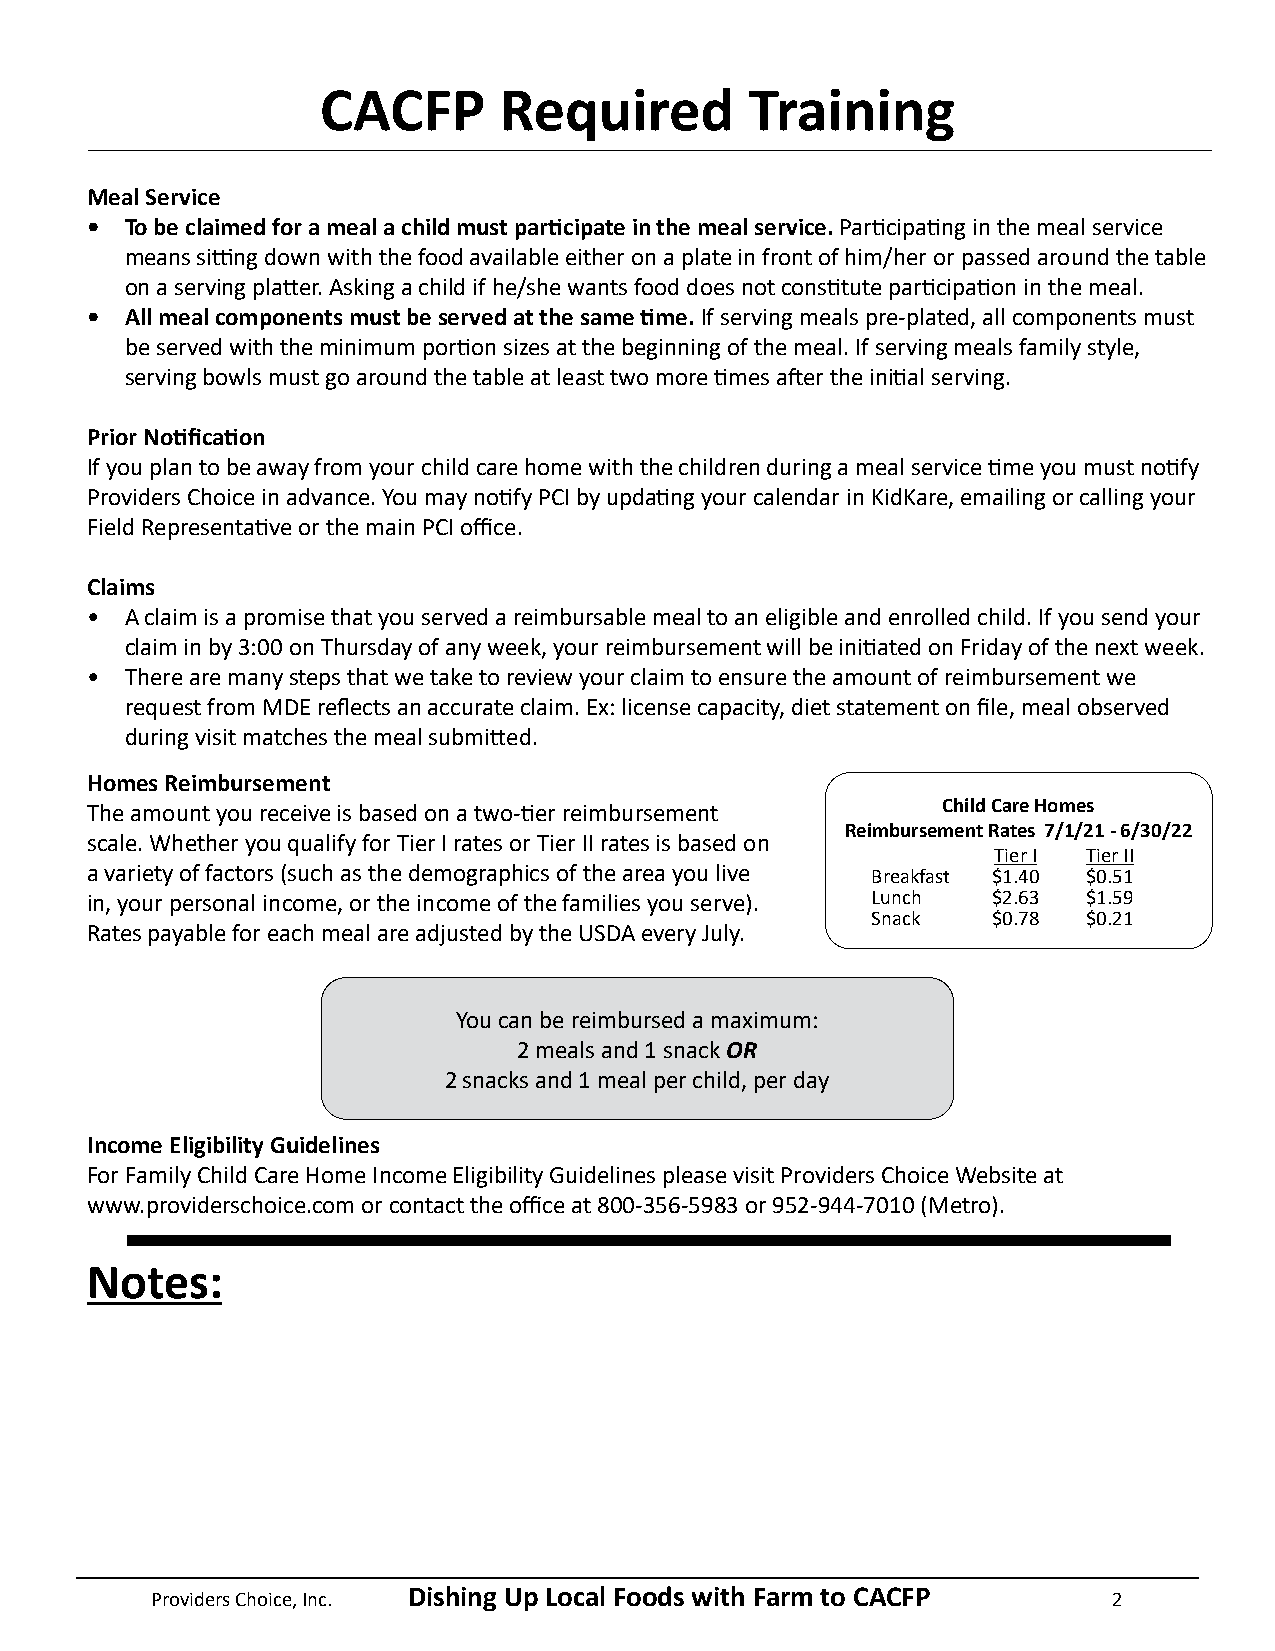
CACFP       Required         Training
 Meal Service
 • To be claimed for a meal a child must participate in the meal service. Participating in the meal service
 means sitting down with the food available either on a plate in front of him/her or passed around the table
 on a serving platter. Asking a child if he/she wants food does not constitute participation in the meal.
 • All meal components must be served at the same time. If serving meals pre-plated, all components must
 be served with the minimum portion sizes at the beginning of the meal. If serving meals family style,
 serving bowls must go around the table at least two more times after the initial serving.
 Prior Notification
 If you plan to be away from your child care home with the children during a meal service time you must notify
 Providers Choice in advance. You may notify PCI by updating your calendar in KidKare, emailing or calling your
 Field Representative or the main PCI office.
 Claims
 • A claim is a promise that you served a reimbursable meal to an eligible and enrolled child. If you send your
 claim in by 3:00 on Thursday of any week, your reimbursement will be initiated on Friday of the next week.
 • There are many steps that we take to review your claim to ensure the amount of reimbursement we
 request from MDE reflects an accurate claim. Ex: license capacity, diet statement on file, meal observed
 during visit matches the meal submitted.
 Homes Reimbursement
 The amount you receive is based on a two-tier reimbursement Child Care Homes
 Reimbursement Rates 7/1/21 - 6/30/22
 scale. Whether you qualify for Tier I rates or Tier II rates is based on
 Tier I Tier II
 a variety of factors (such as the demographics of the area you live Breakfast $1.40 $0.51
 in, your personal income, or the income of the families you serve). Lunch $2.63 $1.59
 Snack   $0.78 $0.21
 Rates payable for each meal are adjusted by the USDA every July.
 You can be reimbursed a maximum:
 2 meals and 1 snack OR
 2 snacks and 1 meal per child, per day
 Income Eligibility Guidelines
 For Family Child Care Home Income Eligibility Guidelines please visit Providers Choice Website at
 www.providerschoice.com or contact the office at 800-356-5983 or 952-944-7010 (Metro).
 Notes:
 Providers Choice, Inc. Dishing Up Local Foods with Farm to CACFP 2